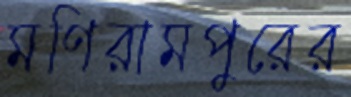
মণিরামপুরের